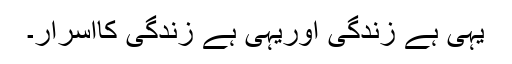
یہی ہے زندگی اوریہی ہے زندگی کااسرار۔